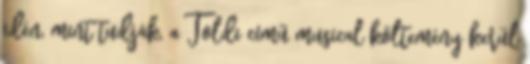
idén, mint tudják, a Toldi című musical költemény kerül